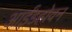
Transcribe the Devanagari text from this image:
आईंडहोवन